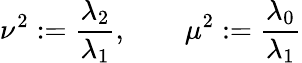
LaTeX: \nu^{2}:=\frac{\lambda_{2}}{\lambda_{1}},\qquad\mu^{2}:=\frac{\lambda_{0}}{\lambda_{1}}